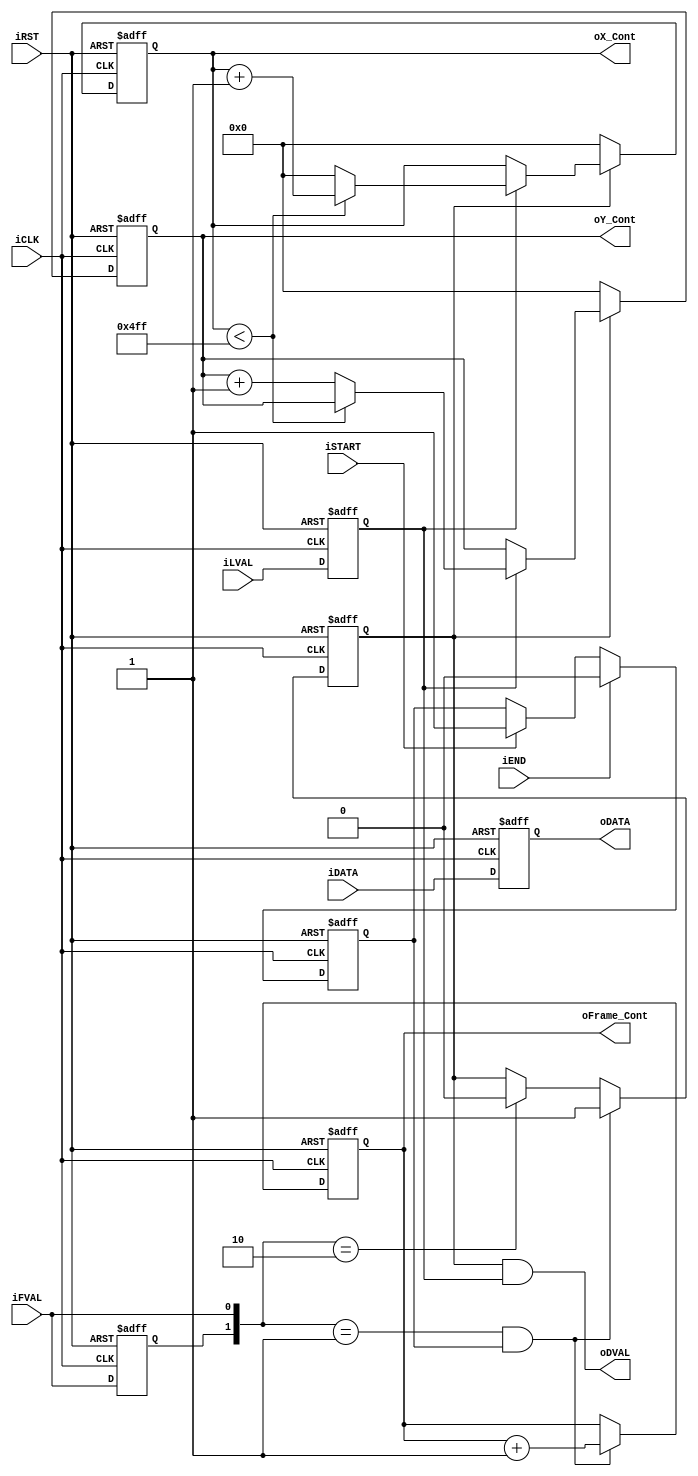
module CCD_Capture(	oDATA,
					oDVAL,
					oX_Cont,
					oY_Cont,
					oFrame_Cont,
					iDATA,
					iFVAL,
					iLVAL,
					iSTART,
					iEND,
					iCLK,
					iRST	);
					
input	[9:0]	iDATA;
input			iFVAL;
input			iLVAL;
input			iSTART;
input			iEND;
input			iCLK;
input			iRST;
output	[9:0]	oDATA;
output	[10:0]	oX_Cont;
output	[10:0]	oY_Cont;
output	[31:0]	oFrame_Cont;
output			oDVAL;
reg				Pre_FVAL;
reg				mCCD_FVAL;
reg				mCCD_LVAL;
reg		[9:0]	mCCD_DATA;
reg		[10:0]	X_Cont;
reg		[10:0]	Y_Cont;
reg		[31:0]	Frame_Cont;
reg				mSTART;

assign	oX_Cont		=	X_Cont;
assign	oY_Cont		=	Y_Cont;
assign	oFrame_Cont	=	Frame_Cont;
assign	oDATA		=	mCCD_DATA;
assign	oDVAL		=	mCCD_FVAL&mCCD_LVAL;

always@(posedge iCLK or negedge iRST)
begin
	if(!iRST)
	mSTART	<=	0;
	else
	begin
		if(iSTART)
		mSTART	<=	1;
		if(iEND)
		mSTART	<=	0;		
	end
end

always@(posedge iCLK or negedge iRST)
begin
	if(!iRST)
	begin
		Pre_FVAL	<=	0;
		mCCD_FVAL	<=	0;
		mCCD_LVAL	<=	0;
		mCCD_DATA	<=	0;
		X_Cont		<=	0;
		Y_Cont		<=	0;
	end
	else
	begin
		Pre_FVAL	<=	iFVAL;
		if( ({Pre_FVAL,iFVAL}==2'b01) && mSTART )
		mCCD_FVAL	<=	1;
		else if({Pre_FVAL,iFVAL}==2'b10)
		mCCD_FVAL	<=	0;
		mCCD_LVAL	<=	iLVAL;
		mCCD_DATA	<=	iDATA;
		if(mCCD_FVAL)
		begin
			if(mCCD_LVAL)
			begin
				if(X_Cont<1279)
				X_Cont	<=	X_Cont+1;
				else
				begin
					X_Cont	<=	0;
					Y_Cont	<=	Y_Cont+1;
				end
			end
		end
		else
		begin
			X_Cont	<=	0;
			Y_Cont	<=	0;
		end
	end
end

always@(posedge iCLK or negedge iRST)
begin
	if(!iRST)
	Frame_Cont	<=	0;
	else
	begin
		if( ({Pre_FVAL,iFVAL}==2'b01) && mSTART )
		Frame_Cont	<=	Frame_Cont+1;
	end
end

endmodule